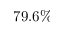
7 9 . 6 \%